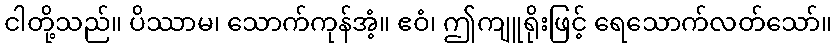
ငါတို့သည်။ ပိဿာမ၊ သောက်ကုန်အံ့။ ဧဝံ၊ ဤကျူရိုးဖြင့် ရေသောက်လတ်သော်။